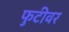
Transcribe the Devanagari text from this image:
फुटीवर